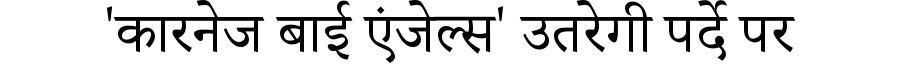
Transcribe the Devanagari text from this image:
'कारनेज बाई एंजेल्स' उतरेगी पर्दे पर